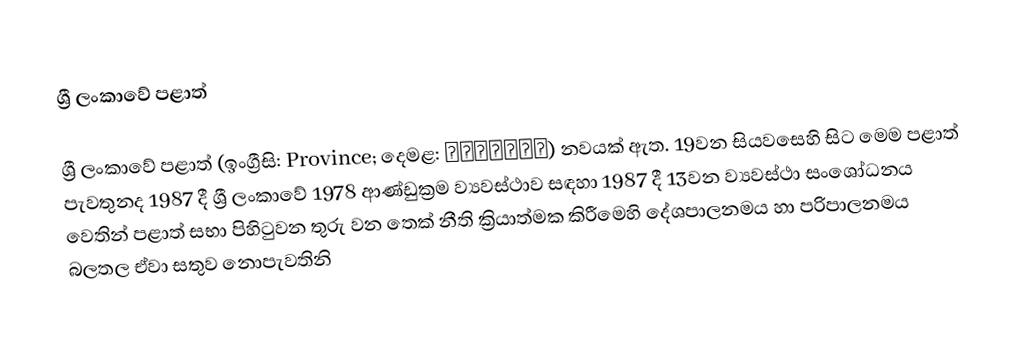
ශ්‍රී ලංකාවේ පළාත්

ශ්‍රී ලංකාවේ පළාත් (ඉංග්‍රීසි: Province; දෙමළ: மாகாணம்) නවයක් ඇත. 19වන සියවසෙහි සිට මෙම පළාත් පැවතුනද 1987 දී ශ්‍රී ලංකාවේ 1978 ආණ්ඩුක්‍රම ව්‍යවස්ථාව සඳහා 1987 දී 13වන ව්‍යවස්ථා සංශෝධනය වෙතින් පළාත් සභා පිහිටුවන තුරු වන තෙක් නීති ක්‍රියාත්මක කිරීමෙහි දේශපාලනමය හා පරිපාලනමය බලතල ඒවා සතුව නොපැවතිනි